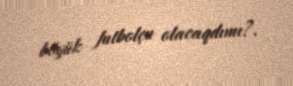
böyük futbolçu olacaqdımı?.